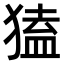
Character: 𤠡